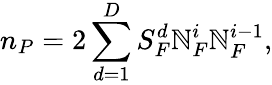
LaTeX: n_{P}=2\sum_{d=1}^{D}S_{F}^{d}\mathbb{N}_{F}^{i}\mathbb{N}_{F}^{i-1},